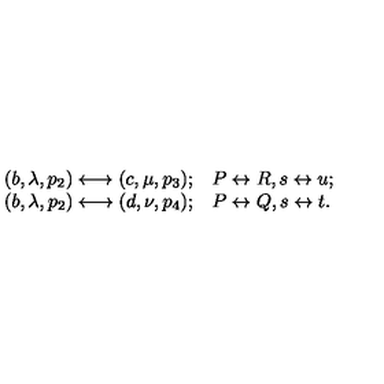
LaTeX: \begin{array} { r l } { ( b , \lambda , p _ { 2 } ) \longleftrightarrow ( c , \mu , p _ { 3 } ) ; } & { P \leftrightarrow R , s \leftrightarrow u ; } \\ { ( b , \lambda , p _ { 2 } ) \longleftrightarrow ( d , \nu , p _ { 4 } ) ; } & { P \leftrightarrow Q , s \leftrightarrow t . } \\ \end{array}